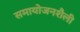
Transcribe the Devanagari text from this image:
समायोजनशैली